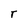
Character: T